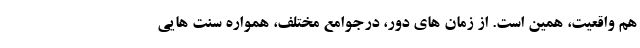
هم واقعیت، همین است. از زمان های دور، درجوامع مختلف، همواره سنت هایی